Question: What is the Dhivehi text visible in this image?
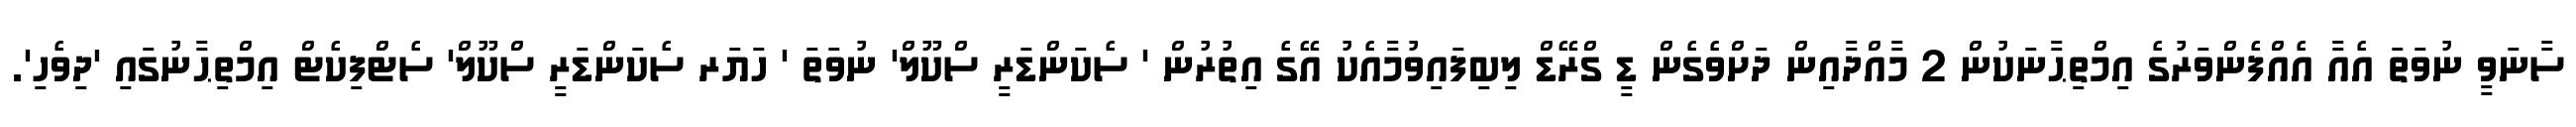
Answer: ސާނަވީ ނުވަތަ އެއާ އެއްފެންވަރުގެ އިމްތިޙާނަކުން 2 މާއްދާއިން ދަށްވެގެން ޑީ ގްރޭޑް ލިބިފައިވުމާއެކު އޭގެ އިތުރުން ' ސެކަންޑަރީ ސްކޫލް' ނުވަތަ ' ހަޔަރ ސެކަންޑަރީ ސްކޫލް' ސެޓްފިކެޓް އިމްތިޙާނުގައި 'ދިވެހި'.